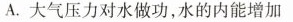
A.大气压力对水做功，水的内能增加